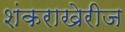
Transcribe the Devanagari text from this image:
शंकराखेरीज